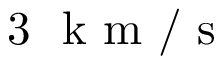
3 ~ \mathrm { ~ k ~ m ~ } / \mathrm { ~ s ~ }